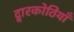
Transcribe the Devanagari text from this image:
द्वारकोठियाँ